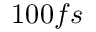
1 0 0 f s